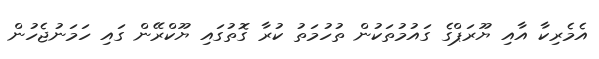
އެމެރިކާ އާއި ޔޫރަޕްގެ ގައުމުތަކުން ތުހުމަތު ކުރާ ގޮތުގައި ޔޫކްރޭން ގައި ހަމަނުޖެހުން